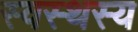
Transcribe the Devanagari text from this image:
स्वस्थस्य